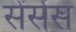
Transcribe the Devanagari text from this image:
सेंसेस